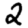
Digit: 2